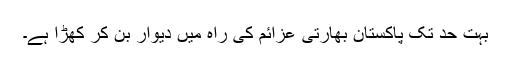
بہت حد تک پاکستان بھارتی عزائم کی راہ میں دیوار بن کر کھڑا ہے۔